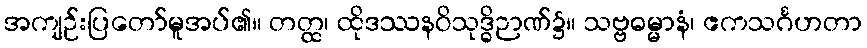
အကျဉ်းပြတော်မူအပ်၏။ တတ္ထ၊ ထိုဒဿနဝိသုဒ္ဓိဉာဏ်၌။ သဗ္ဗဓမ္မာနံ၊ ဧကသင်္ဂဟတာ